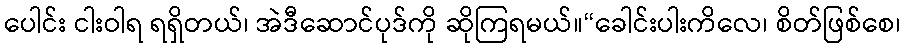
ပေါင်း ငါးဝါရ ရရှိတယ်၊ အဲဒီဆောင်ပုဒ်ကို ဆိုကြရမယ်။“ခေါင်းပါးကိလေ၊ စိတ်ဖြစ်စေ၊